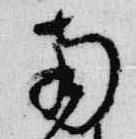
南